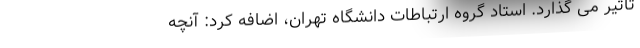
تاثیر می گذارد. استاد گروه ارتباطات دانشگاه تهران، اضافه کرد: آنچه